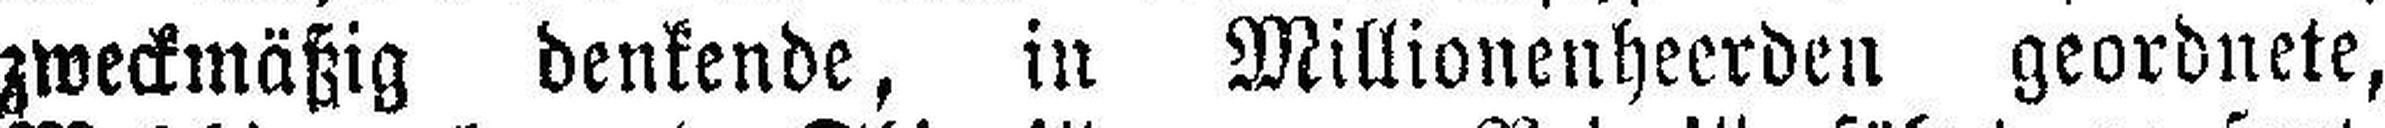
zweckmäßig denkende, in Millionenheerden geordnete,